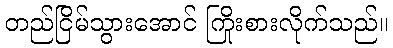
တည်ငြိမ်သွားအောင် ကြိုးစားလိုက်သည်။